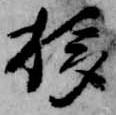
移